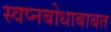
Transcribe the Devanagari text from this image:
स्वप्नबोधाबाबत